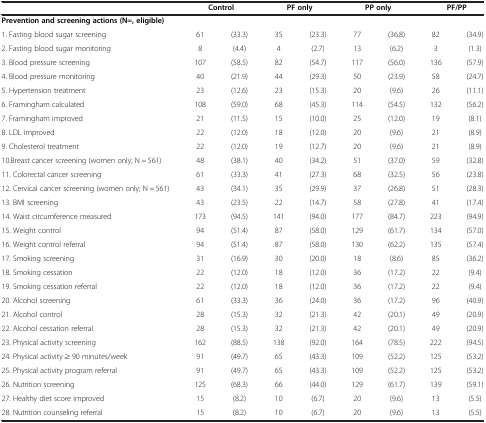
<table><thead><tr><td><b> </b></td><td colspan="2"><b>Control</b></td><td colspan="2"><b>PF only</b></td><td colspan="2"><b>PP only</b></td><td colspan="2"><b>PF/PP</b></td></tr></thead><tbody><tr><td><b>Prevention and screening actions (N=, eligible)</b></td><td colspan="2"> </td><td colspan="2"> </td><td colspan="2"> </td><td colspan="2"> </td></tr><tr><td>1. Fasting blood sugar screening</td><td>61</td><td>(33.3)</td><td>35</td><td>(23.3)</td><td>77</td><td>(36.8)</td><td>82</td><td>(34.9)</td></tr><tr><td>2. Fasting blood sugar monitoring</td><td>8</td><td>(4.4)</td><td>4</td><td>(2.7)</td><td>13</td><td>(6.2)</td><td>3</td><td>(1.3)</td></tr><tr><td>3. Blood pressure screening</td><td>107</td><td>(58.5)</td><td>82</td><td>(54.7)</td><td>117</td><td>(56.0)</td><td>136</td><td>(57.9)</td></tr><tr><td>4. Blood pressure monitoring</td><td>40</td><td>(21.9)</td><td>44</td><td>(29.3)</td><td>50</td><td>(23.9)</td><td>58</td><td>(24.7)</td></tr><tr><td>5. Hypertension treatment</td><td>23</td><td>(12.6)</td><td>23</td><td>(15.3)</td><td>20</td><td>(9.6)</td><td>26</td><td>(11.1)</td></tr><tr><td>6. Framingham calculated</td><td>108</td><td>(59.0)</td><td>68</td><td>(45.3)</td><td>114</td><td>(54.5)</td><td>132</td><td>(56.2)</td></tr><tr><td>7. Framingham improved</td><td>21</td><td>(11.5)</td><td>15</td><td>(10.0)</td><td>25</td><td>(12.0)</td><td>19</td><td>(8.1)</td></tr><tr><td>8. LDL improved</td><td>22</td><td>(12.0)</td><td>18</td><td>(12.0)</td><td>20</td><td>(9.6)</td><td>21</td><td>(8.9)</td></tr><tr><td>9. Cholesterol treatment</td><td>22</td><td>(12.0)</td><td>19</td><td>(12.7)</td><td>20</td><td>(9.6)</td><td>21</td><td>(8.9)</td></tr><tr><td>10.Breast cancer screening (women only; N = 561)</td><td>48</td><td>(38.1)</td><td>40</td><td>(34.2)</td><td>51</td><td>(37.0)</td><td>59</td><td>(32.8)</td></tr><tr><td>11. Colorectal cancer screening</td><td>61</td><td>(33.3)</td><td>41</td><td>(27.3)</td><td>68</td><td>(32.5)</td><td>56</td><td>(23.8)</td></tr><tr><td>12. Cervical cancer screening (women only; N = 561)</td><td>43</td><td>(34.1)</td><td>35</td><td>(29.9)</td><td>37</td><td>(26.8)</td><td>51</td><td>(28.3)</td></tr><tr><td>13. BMI screening</td><td>43</td><td>(23.5)</td><td>22</td><td>(14.7)</td><td>58</td><td>(27.8)</td><td>41</td><td>(17.4)</td></tr><tr><td>14. Waist circumference measured</td><td>173</td><td>(94.5)</td><td>141</td><td>(94.0)</td><td>177</td><td>(84.7)</td><td>223</td><td>(94.9)</td></tr><tr><td>15. Weight control</td><td>94</td><td>(51.4)</td><td>87</td><td>(58.0)</td><td>129</td><td>(61.7)</td><td>134</td><td>(57.0)</td></tr><tr><td>16. Weight control referral</td><td>94</td><td>(51.4)</td><td>87</td><td>(58.0)</td><td>130</td><td>(62.2)</td><td>135</td><td>(57.4)</td></tr><tr><td>17. Smoking screening</td><td>31</td><td>(16.9)</td><td>30</td><td>(20.0)</td><td>18</td><td>(8.6)</td><td>85</td><td>(36.2)</td></tr><tr><td>18. Smoking cessation</td><td>22</td><td>(12.0)</td><td>18</td><td>(12.0)</td><td>36</td><td>(17.2)</td><td>22</td><td>(9.4)</td></tr><tr><td>19. Smoking cessation referral</td><td>22</td><td>(12.0)</td><td>18</td><td>(12.0)</td><td>36</td><td>(17.2)</td><td>22</td><td>(9.4)</td></tr><tr><td>20. Alcohol screening</td><td>61</td><td>(33.3)</td><td>36</td><td>(24.0)</td><td>36</td><td>(17.2)</td><td>96</td><td>(40.9)</td></tr><tr><td>21. Alcohol control</td><td>28</td><td>(15.3)</td><td>32</td><td>(21.3)</td><td>42</td><td>(20.1)</td><td>49</td><td>(20.9)</td></tr><tr><td>22. Alcohol cessation referral</td><td>28</td><td>(15.3)</td><td>32</td><td>(21.3)</td><td>42</td><td>(20.1)</td><td>49</td><td>(20.9)</td></tr><tr><td>23. Physical activity screening</td><td>162</td><td>(88.5)</td><td>138</td><td>(92.0)</td><td>164</td><td>(78.5)</td><td>222</td><td>(94.5)</td></tr><tr><td>24. Physical activity ≥ 90 minutes/week</td><td>91</td><td>(49.7)</td><td>65</td><td>(43.3)</td><td>109</td><td>(52.2)</td><td>125</td><td>(53.2)</td></tr><tr><td>25. Physical activity program referral</td><td>91</td><td>(49.7)</td><td>65</td><td>(43.3)</td><td>109</td><td>(52.2)</td><td>125</td><td>(53.2)</td></tr><tr><td>26. Nutrition screening</td><td>125</td><td>(68.3)</td><td>66</td><td>(44.0)</td><td>129</td><td>(61.7)</td><td>139</td><td>(59.1)</td></tr><tr><td>27. Healthy diet score improved</td><td>15</td><td>(8.2)</td><td>10</td><td>(6.7)</td><td>20</td><td>(9.6)</td><td>13</td><td>(5.5)</td></tr><tr><td>28. Nutrition counseling referral</td><td>15</td><td>(8.2)</td><td>10</td><td>(6.7)</td><td>20</td><td>(9.6)</td><td>13</td><td>(5.5)</td></tr></tbody></table>